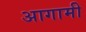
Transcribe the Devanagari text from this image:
अागामी